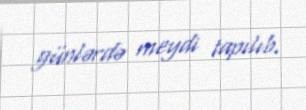
günlərdə meydi tapılıb.